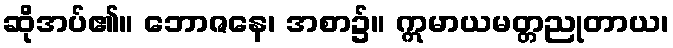
ဆိုအပ်၏။ ဘောဇနေ၊ အစာ၌။ ဣမာယမတ္တညုတာယ၊